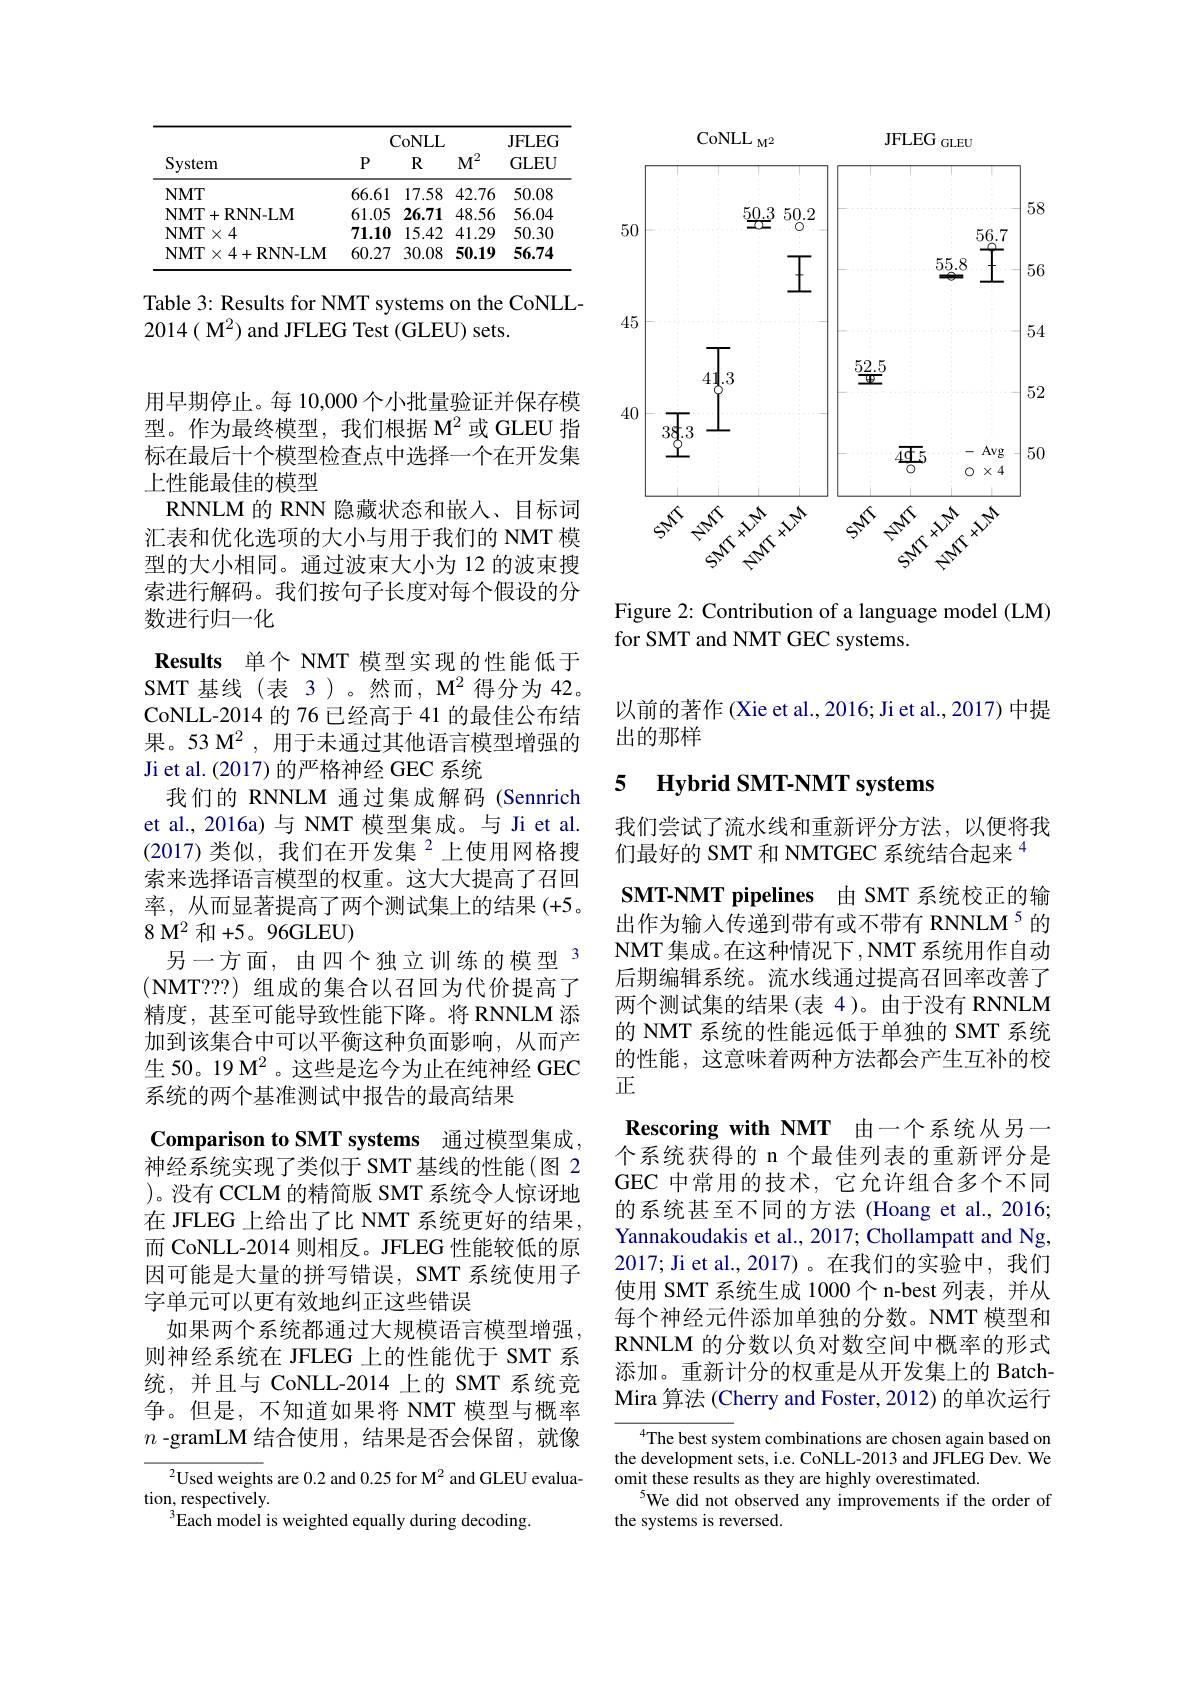
<table>
	<tbody>
		<tr>
			<th> </th>
			<th> </th>
			<th>ZoNLL</th>
			<th> </th>
			<th>JFLEG</th>
		</tr>
		<tr>
			<th>System</th>
			<th>$P$</th>
			<th>CoNLL $R$</th>
			<th>$M^{2}$</th>
			<th>JFLEG GLEU</th>
		</tr>
		<tr>
			<th>System</th>
			<th>$P$</th>
			<th>POLTED $R$</th>
			<th>$M^{2}$</th>
			<th>L GLEU</th>
		</tr>
		<tr>
			<td>$NMT$</td>
			<td>66.61</td>
			<td>17.58</td>
			<td>42.76</td>
			<td>50.08</td>
		</tr>
		<tr>
			<td>NMT+ RNN- LM</td>
			<td>61.05</td>
			<td>26.71</td>
			<td>48.56</td>
			<td>56.04</td>
		</tr>
		<tr>
			<td>NMT$\times 4$</td>
			<td>71.10</td>
			<td>15.42</td>
			<td>41.29</td>
			<td>50.30</td>
		</tr>
		<tr>
			<td>NMT$\times 4+$RNN- LM</td>
			<td>60.27</td>
			<td>30.08</td>
			<td>50.19</td>
			<td>56.74</td>
		</tr>
	</tbody>
</table>

Table 3: Results for NMT systems on the CoNLL-
2014( M$^2$) and JFLEG Test (GLEU) sets.

用早期停止。每 10,000个小批量验证并保存模型。作为最终模型，我们根据 M$^{2}$或 GLEU 指标在最后十个模型检查点中选择一个在开发集上性能最佳的模型
RNNLM 的 RNN 隐藏状态和嵌入、目标词汇表和优化选项的大小与用于我们的 NMT 模型的大小相同。通过波束大小为 12 的波束搜索进行解码。我们按句子长度对每个假设的分数进行归一化
Results 单个 NMT 模型实现的性能低于SMT 基线(表 3)。然而，M$^2$得分为 42。CoNLL-2014 的 76 已经高于 41 的最佳公布结果。53 M$^2$,用于未通过其他语言模型增强的Ji et al. (2017) 的严格神经 GEC 系统
我们的 RNNLM 通过集成解码 (Sennrich et al., 2016a) 与 NMT 模型集成。与 Ji et al. (2017)类似，我们在开发集$^{2}$上使用网格搜索来选择语言模型的权重。这大大提高了召回率，从而显著提高了两个测试集上的结果(+5。$8\textbf{M}^{2}$ 和+5。96GLEU)
另一方面，由四个独立训练的模型 3 $(\mathbf{NMT???})$组成的集合以召回为代价提高了精度，甚至可能导致性能下降。将 RNNLM 添加到该集合中可以平衡这种负面影响，从而产生 50。19 M$^{2}$。这些是迄今为止在纯神经 GEC 系统的两个基准测试中报告的最高结果
Comparison to SMT systems 通过模型集成， 神经系统实现了类似于 SMT 基线的性能(图 2 )。没有 CCLM 的精简版 SMT 系统令人惊讶地在 JFLEG 上给出了比 NMT 系统更好的结果， 而 CoNLL-2014 则相反。JFLEG 性能较低的原因可能是大量的拼写错误，SMT 系统使用子字单元可以更有效地纠正这些错误
如果两个系统都通过大规模语言模型增强， 则神经系统在 JFLEG 上的性能优于 SMT 系统，并且与 CoNLL-2014 上的 SMT 系统竞争。但是，不知道如果将 NMT 模型与概率$n$ -gramLM 结合使用，结果是否会保留，就像
$^2$Used weights are 0.2 and 0.25 for M$^2$ and GLEU evalua-
tion, respectively.

$^{3}$Each model is weighted equally during decoding

$\mathrm{CoNLL}_{\mathrm{M}^2}$
$\mathrm{JFLEG}_{\mathrm{GLEU}}$
<FigureHere>

Figure 2: Contribution of a language model (LM)
for SMT and NMT GEC systems.

以前的著作(Xie et al., 2016; Ji et al., 2017) 中提
出的那样

### 5 Hybrid SMT-NMT systems

我们尝试了流水线和重新评分方法，以便将我
们最好的 SMT 和 NMTGEC 系统结合起来$^{4}$
SMT-NMT pipelines 由 SMT 系统校正的输出作为输入传递到带有或不带有 RNNLM$^{5}$的NMT 集成。在这种情况下，NMT 系统用作自动后期编辑系统。流水线通过提高召回率改善了两个测试集的结果(表 4)。由于没有 RNNLM 的 NMT 系统的性能远低于单独的 SMT 系统的性能，这意味着两种方法都会产生互补的校正
Rescoring with NMT 由一个系统从另一个系统获得的 n 个最佳列表的重新评分是GEC 中常用的技术，它允许组合多个不同的系统甚至不同的方法 (Hoang et al., 2016; Yannakoudakis et al., 2017; Chollampatt and Ng, 2017; Ji et al., 2017)。在我们的实验中，我们使用 SMT 系统生成 1000个 n-best 列表，并从每个神经元件添加单独的分数。NMT 模型和RNNLM 的分数以负对数空间中概率的形式添加。重新计分的权重是从开发集上的 BatchMira 算法 (Cherry and Foster, 2012) 的单次运行
${^4\text{The best sys}}$tem combinations are chosen again based on

the development sets, i.e. CoNLL-2013 and JFLEG Dev. We
omit these results as they are highly overestimated.
$^{5}$We did not observed any improvements if the order of
the systems is reversed.